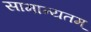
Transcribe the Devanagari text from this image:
सामान्यतम्